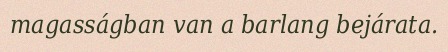
magasságban van a barlang bejárata.